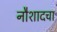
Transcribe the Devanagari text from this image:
नौशादचा